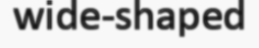
wide-shaped